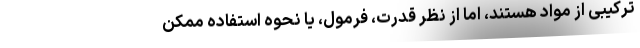
ترکیبی از مواد هستند، اما از نظر قدرت، فرمول، یا نحوه استفاده ممکن